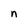
Character: n